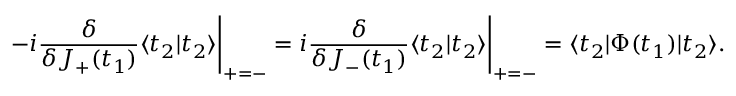
- i \frac { \delta } { \delta J _ { + } ( t _ { 1 } ) } \langle t _ { 2 } | t _ { 2 } \rangle \Bigg | _ { + = - } = i \frac { \delta } { \delta J _ { - } ( t _ { 1 } ) } \langle t _ { 2 } | t _ { 2 } \rangle \Bigg | _ { + = - } = \langle t _ { 2 } | \Phi ( t _ { 1 } ) | t _ { 2 } \rangle .